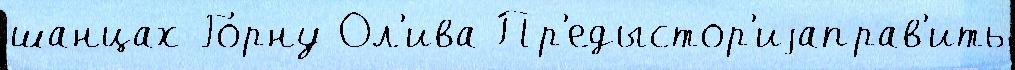
шанцах Го́рну Ол'ива Пр'едыстор'иjаправ'ить